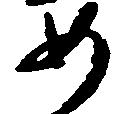
如